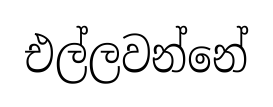
එල්ලවන්නේ